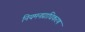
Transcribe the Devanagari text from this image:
नियमनप्राधिकरण